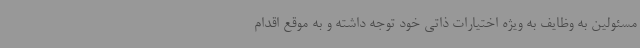
مسئولین به وظایف به ویژه اختیارات ذاتی خود توجه داشته و به موقع اقدام